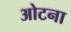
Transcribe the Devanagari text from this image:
ओटना